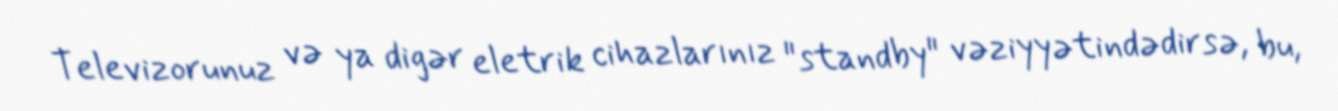
Televizorunuz və ya digər eletrik cihazlarınız "standby" vəziyyətindədirsə, bu,